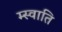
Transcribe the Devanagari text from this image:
म्स्वाति